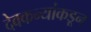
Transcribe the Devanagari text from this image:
देवकन्यांकडून